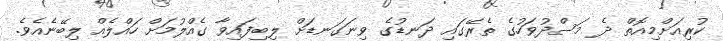
ކުރިއަށްމިއޮތް ދެ މަސްދުވަހުގެ ތެރޭގައި ދަނޑުގެ ވިނަގަނޑަށް ލިބިފައިވާ ގެއްލުމަށް ހައްލެއް ލިބޭނެއެވެ.